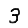
Digit: 3